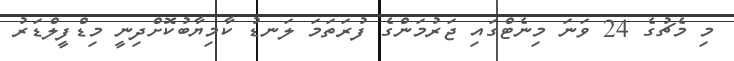
މި މެޗުގެ 24 ވަނަ މިނެޓްގައި ޖަރުމަންގެ ފުރަތަމަ ލަނޑު ކާމިޔާބުކޮށްދިނީ މިޑްފީލްޑަރު